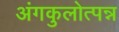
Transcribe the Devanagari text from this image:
अंगकुलोत्पन्न